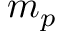
m _ { p }